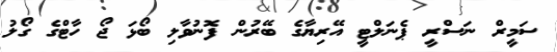
ސަމީރް ނަސްރީ ޕެނަލްޓީ އޭރިޔާގެ ބޭރުން ފޮނުވާލި ބޯޅަ ޖޯ ހާޓްގެ ގޯލު